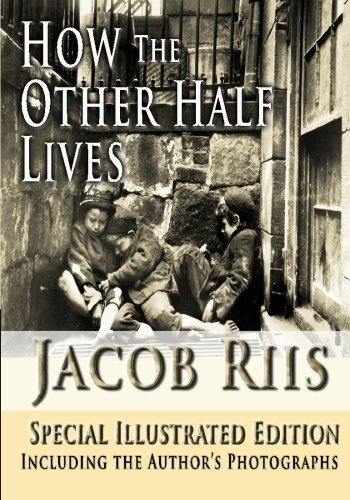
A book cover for How the Other Half Lives, Special Illustrated Edition; Jacob Riis; Arts & Photography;